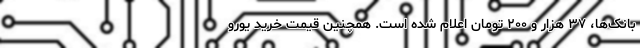
بانک‌ها، ۳۷ هزار و ۲۰۰ تومان اعلام شده است. همچنین قیمت خرید یورو